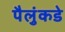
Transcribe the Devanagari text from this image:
पैलुंकडे